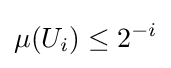
\mu (U_{i})\leq 2^{-i}